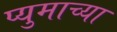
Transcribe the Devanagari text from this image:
प्युमाच्या